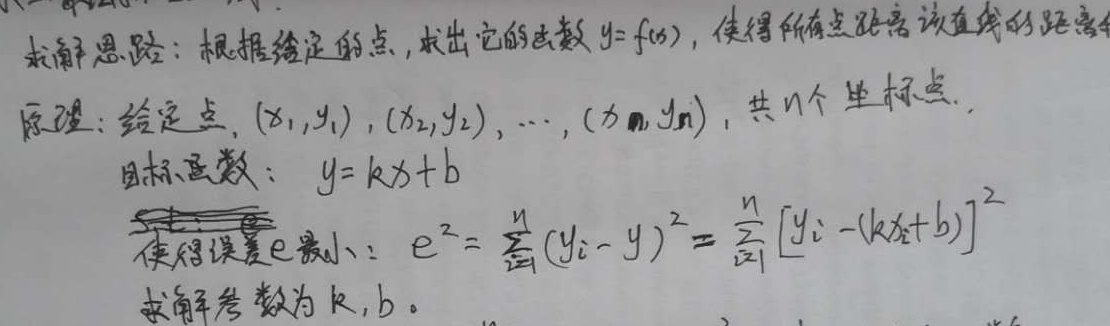
求解思路：根据给定的点，求出它的函数 \(y = f(x)\)，使得所有点距离该直线的距离平方和最小。

原理：给定点 \((x_1,y_1)\)，\((x_2,y_2)\)，\(\cdots\)，\((x_n,y_n)\)，共 \(n\) 个坐标点。

目标函数： \(y = kx + b\)，使得误差 \(e\) 最小：\(e^{2}=\sum_{i = 1}^{n}(y_{i}-y)^{2}=\sum_{i = 1}^{n}[y_{i}-(kx_{i}+b)]^{2}\)，求解参数为 \(k,b\)。